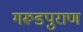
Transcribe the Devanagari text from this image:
गरूडपुराण